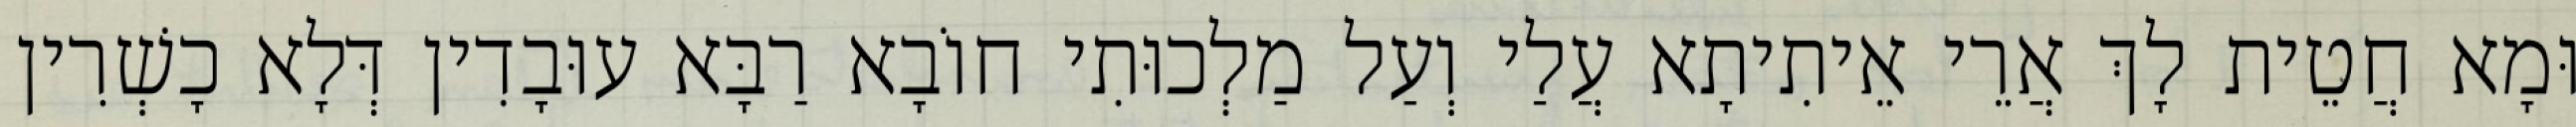
וּמָא חֲטֵית לָךְ אֲרֵי אֵיתִיתָא עֲלַי וְעַל מַלְכוּתִי חוֹבָא רַבָּא עוּבָדִין דְּלָא כָשְׁרִין